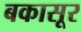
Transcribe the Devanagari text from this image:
बकासूर